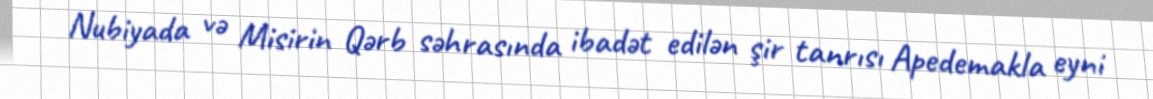
Nubiyada və Misirin Qərb səhrasında ibadət edilən şir tanrısı Apedemakla eyni